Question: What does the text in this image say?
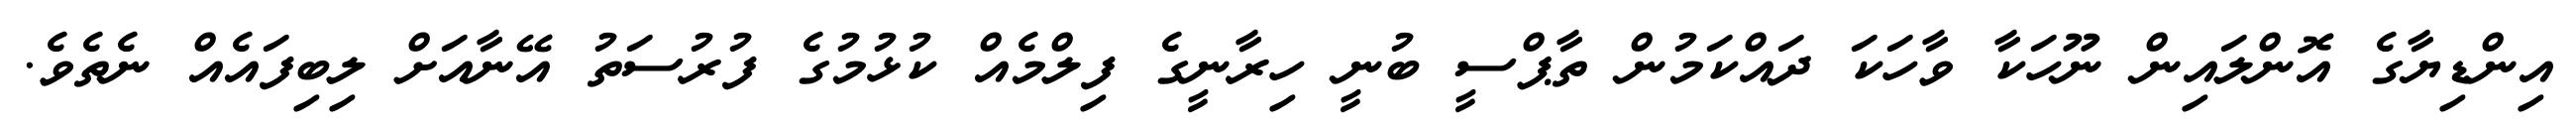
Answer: އިންޑިޔާގެ އޮންލައިން ނޫހަކާ ވާހަކަ ދައްކަމުން ތާޕްސީ ބުނީ ހިރާނީގެ ފިލްމެއް ކުޅުމުގެ ފުރުސަތު އޭނާއަށް ލިބިފައެއް ނެތެވެ.